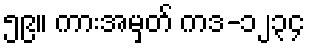
၅၉။ ကားအမှတ် ကဒ-၁၂၃၄